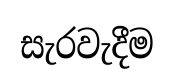
සැරවැදීම